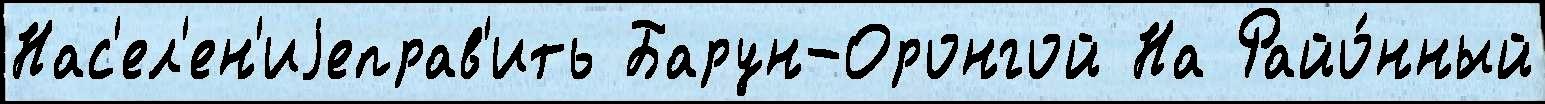
Нас'ел'ен'иjеправ'ить Барун-Оронгой На Райо́нный